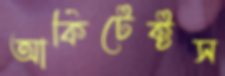
আর্কিটেক্টস